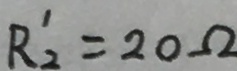
R _ { 2 } ^ { \prime } = 2 0 \Omega